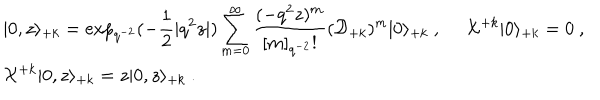
\begin{array} { l } { { \vert 0 , z \rangle _ { + k } = \displaystyle \exp _ { q ^ { - 2 } } ( - \frac { 1 } { 2 } | q ^ { 2 } z | ) \sum _ { m = 0 } ^ { \infty } \frac { ( - q ^ { 2 } z ) ^ { m } } { [ m ] _ { q ^ { - 2 } } ! } ( { \cal D } _ { + k } ) ^ { m } \vert 0 \rangle _ { + k } ~ , ~ ~ { \cal X } ^ { + k } \vert 0 \rangle _ { + k } = 0 ~ , } } \\ { { { \cal X } ^ { + k } \vert 0 , z \rangle _ { + k } = z \vert 0 , z \rangle _ { + k } ~ . } } \\ \end{array}